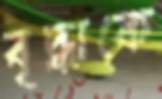
বৃদ্ধাকে